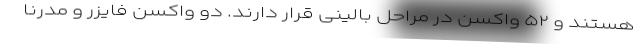
هستند و ۵۲ واکسن در مراحل بالینی قرار دارند. دو واکسن فایزر و مدرنا